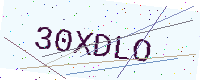
Text: 30XDLO